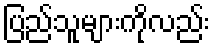
ပြည်သူများကိုလည်း